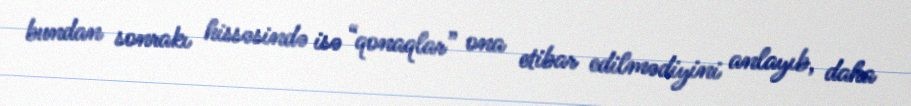
bundan sonrakı hissəsində isə “qonaqlar” ona etibar edilmədiyini anlayıb, daha